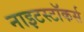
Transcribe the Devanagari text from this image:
नाइटस्टॉकर्स